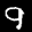
Label: 9